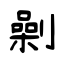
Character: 劋